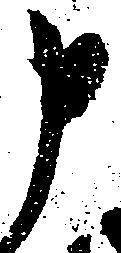
申